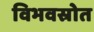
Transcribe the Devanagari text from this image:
विभवस्रोत